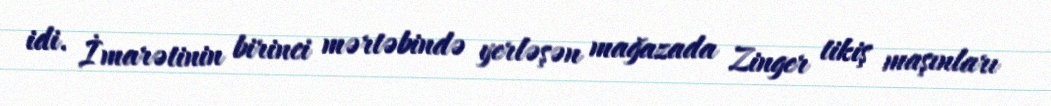
idi. İmarətinin birinci mərtəbində yerləşən mağazada Zinger tikiş maşınları